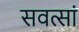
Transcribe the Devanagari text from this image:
सवत्सां